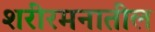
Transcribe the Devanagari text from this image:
शरीरमनातील